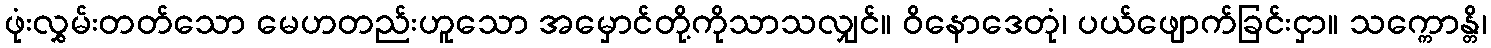
ဖုံးလွှမ်းတတ်သော မေဟတည်းဟူသော အမှောင်တို့ကိုသာသလျှင်။ ဝိနောဒေတုံ၊ ပယ်ဖျောက်ခြင်းငှာ။ သက္ကောန္တိ၊